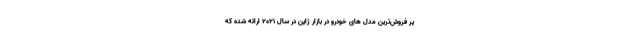
پر فروش‌ترین مدل های خودرو در بازار ژاپن در سال 2021 ارائه شده که